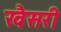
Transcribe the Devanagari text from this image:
खैसरी